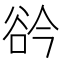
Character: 𧮰